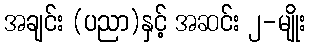
အချင်း (ပညာ)နှင့် အဆင်း ၂-မျိုး